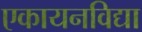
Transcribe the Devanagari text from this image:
एकायनविद्या